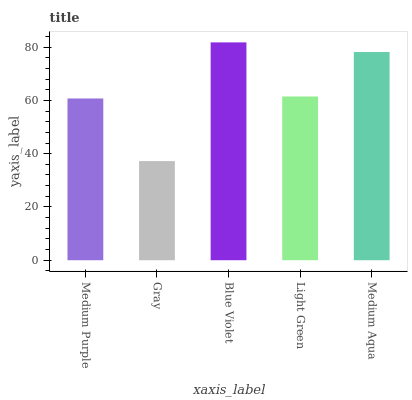
| xaxis_label | bars |
 | --- | --- |
 | Medium Purple | 60.7 |
 | Gray | 37.2 |
 | Blue Violet | 81.8 |
 | Light Green | 61.5 |
 | Medium Aqua | 78.2 |